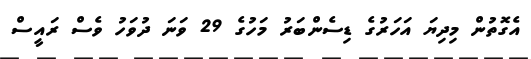
އެގޮތުން މިދިޔަ އަހަރުގެ ޑިސެންބަރު މަހުގެ 29 ވަނަ ދުވަހު ވެސް ރައީސް